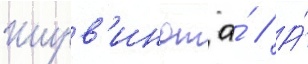
Ширв'индт а́ // А́